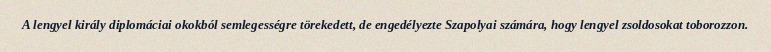
A lengyel király diplomáciai okokból semlegességre törekedett, de engedélyezte Szapolyai számára, hogy lengyel zsoldosokat toborozzon.